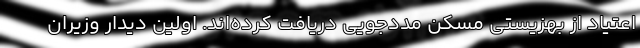
اعتیاد از بهزیستی مسکن مددجویی دریافت کرده‌‌اند. اولین دیدار وزیران